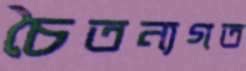
চৈতন্যগত